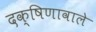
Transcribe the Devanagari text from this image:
दक्षिणावाले